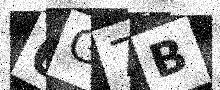
Text: 6G7B